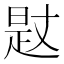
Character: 𣈡